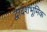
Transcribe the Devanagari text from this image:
द्वादशभूमिक